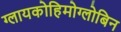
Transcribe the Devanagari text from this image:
ग्लायकोहिमोग्लोबिन